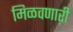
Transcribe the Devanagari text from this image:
मिळवणाऱी